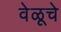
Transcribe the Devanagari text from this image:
वेळूचे